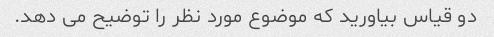
دو قیاس بیاورید که موضوع مورد نظر را توضیح می دهد.